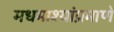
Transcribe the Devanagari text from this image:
मधमाश्यांप्रमाणे